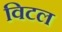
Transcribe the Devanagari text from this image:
विटल